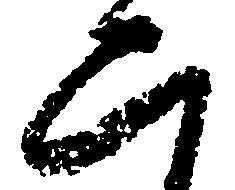
二